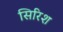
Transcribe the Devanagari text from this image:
सिरिश